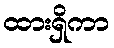
ထားရှိကာ